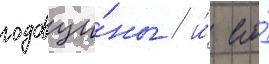
годовщи́ны / и́ его́